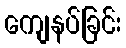
ကျေနပ်ခြင်း